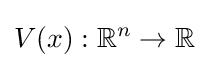
V(x):\mathbb {R} ^{n}\to \mathbb {R}